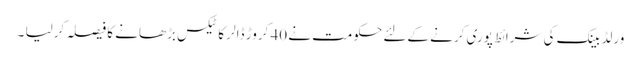
ورلڈ بینک کی شرائط پوری کرنے کےلئے حکومت نے 40 کروڑ ڈالر کا ٹیکس بڑھانے کا فیصلہ کرلیا ۔